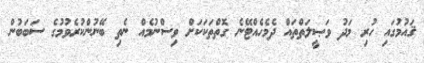
ޤައުމުގައި ހުރި މަދު ވަޞީލަތްތައް ދެމެހެއްޓޭނެ ގޮތްތަކަކަށް ވިސްނުމެއް ނެތި ބޭނުންކުރެވުމުގެ ސަބަބުން